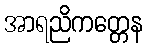
အာရညိကတ္တေန